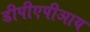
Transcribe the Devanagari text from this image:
डीपीएपीआय